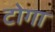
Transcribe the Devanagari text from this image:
टोगा